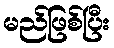
မည်ဖြစ်ပြီး